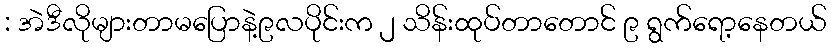
: အဲဒီလိုများတာမပြောနဲ့၉လပိုင်းက ၂ သိန်းထုပ်တာတောင် ၉ ရွက်ရော့နေတယ်